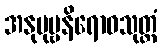
အနုပုဗ္ဗနိရောဓသုတ္တံ